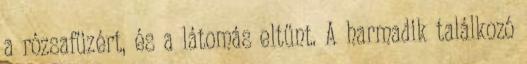
a rózsafüzért, és a látomás eltűnt. A harmadik találkozó